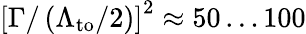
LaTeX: \left[\Gamma/\left(\Lambda_{\textrm{to}}/2\right)\right]^{2}\approx 50\dots 100